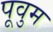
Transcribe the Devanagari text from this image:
पूवुम